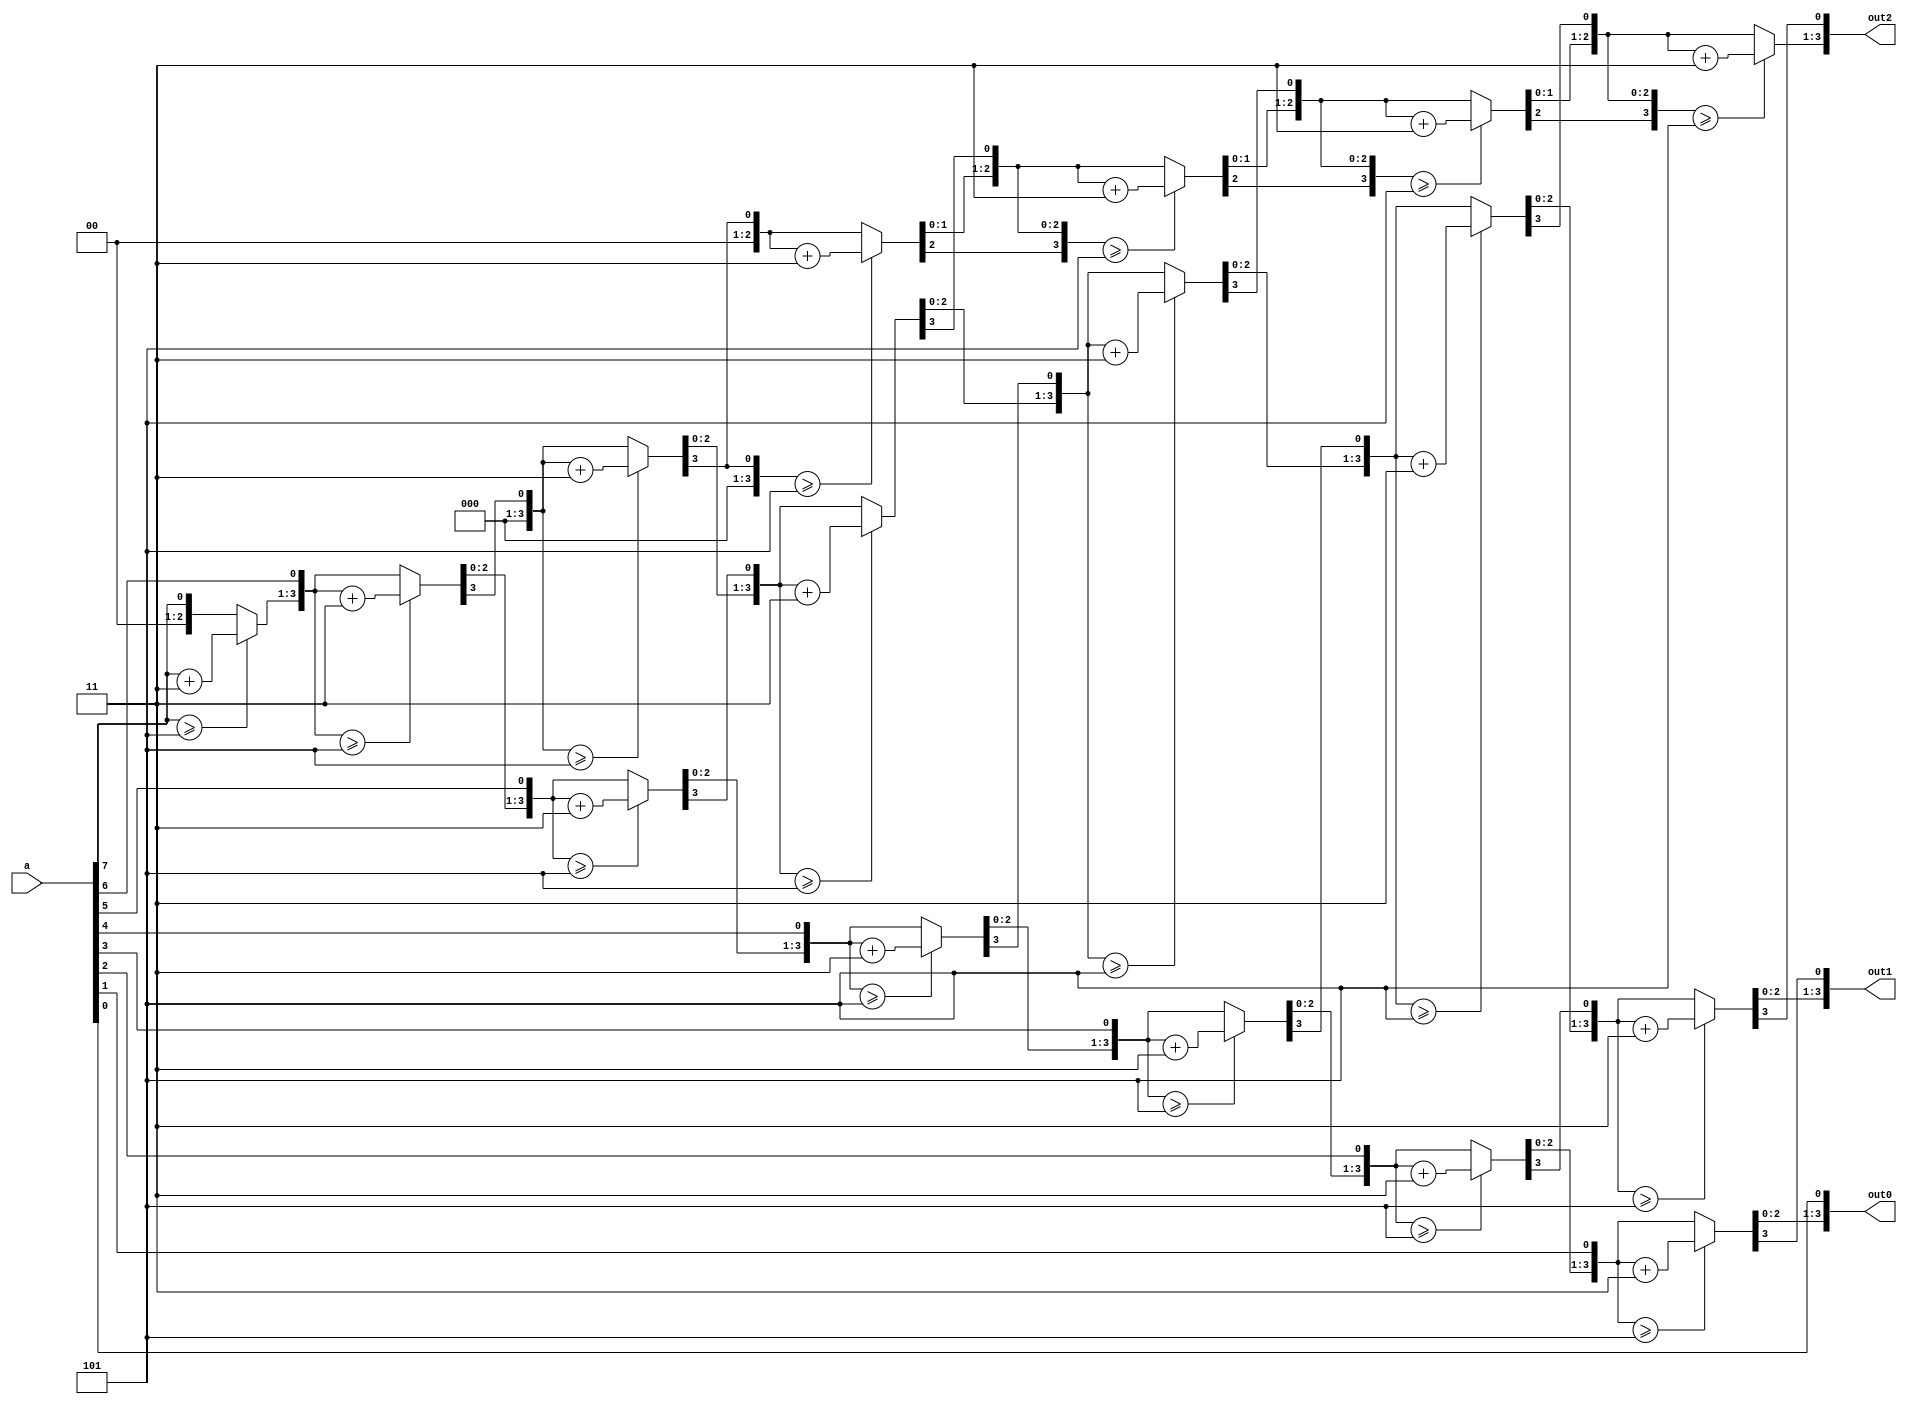
module decimal32_4 (
    input [7:0] a,
    output reg [3:0] out0,
    output reg [3:0] out1,
    output reg [3:0] out2
  );
  
  
  
  integer i;
  
  reg [3:0] ones;
  
  reg [3:0] hundreds;
  
  reg [3:0] tens;
  
  reg [7:0] shift;
  
  always @* begin
    ones = 1'h0;
    tens = 1'h0;
    hundreds = 1'h0;
    shift = a;
    for (i = 1'h0; i < 4'h8; i = i + 1) begin
      if (ones >= 3'h5) begin
        ones = ones + 2'h3;
      end
      if (tens >= 3'h5) begin
        tens = tens + 2'h3;
      end
      if (hundreds >= 3'h5) begin
        hundreds = hundreds + 2'h3;
      end
      hundreds = hundreds << 1'h1;
      hundreds[0+0-:1] = tens[3+0-:1];
      tens = tens << 1'h1;
      tens[0+0-:1] = ones[3+0-:1];
      ones = ones << 1'h1;
      ones[0+0-:1] = shift[7+0-:1];
      shift = shift << 1'h1;
    end
    out2 = hundreds;
    out1 = tens;
    out0 = ones;
  end
endmodule